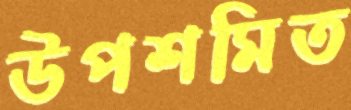
উপশমিত